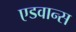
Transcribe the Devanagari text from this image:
एडवान्स